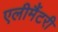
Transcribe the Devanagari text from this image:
एलीमैंटरी